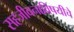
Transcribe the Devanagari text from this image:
सहजीवनाविषयीचे